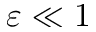
\varepsilon \ll 1